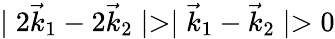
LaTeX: \mid 2\vec{k}_{1}-2\vec{k}_{2}\mid>\mid\vec{k}_{1}-\vec{k}_{2}\mid>0